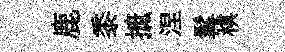
鹿黍摭涅髯棋